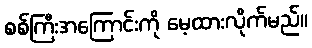
စစ်ကြီးအကြောင်းကို မေ့ထားလိုက်မည်။